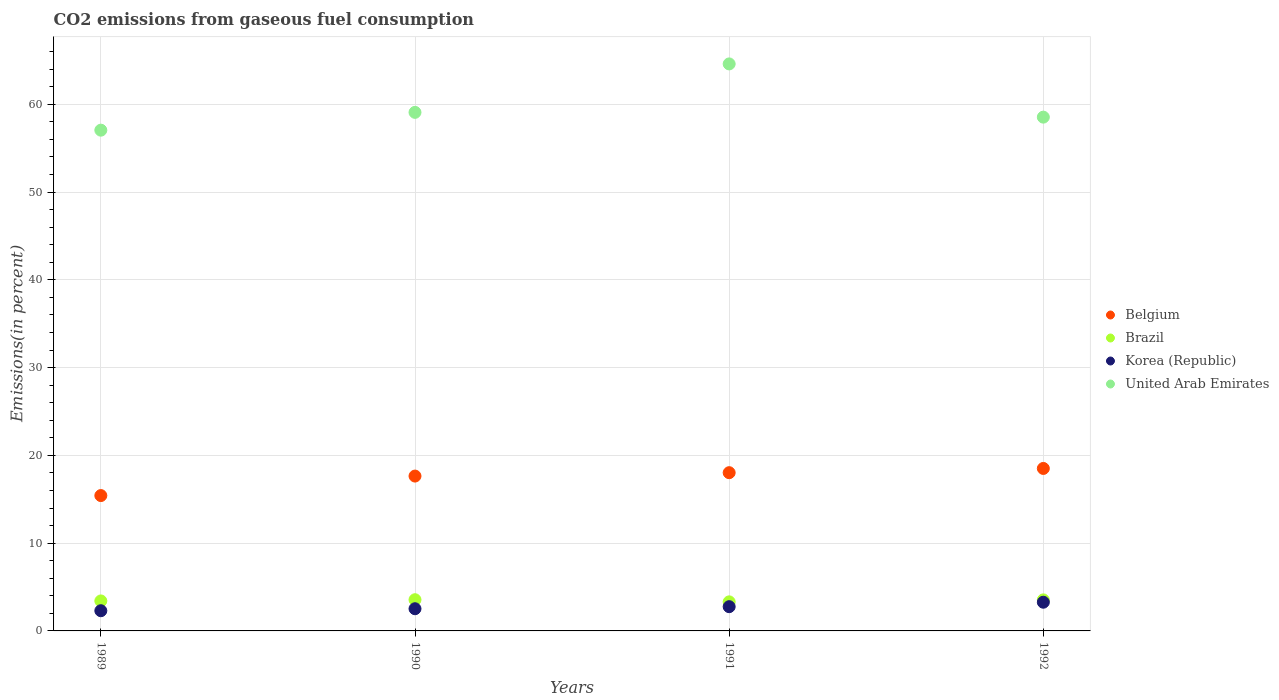
| Years | Belgium | Brazil | Korea (Republic) | United Arab Emirates |
 | --- | --- | --- | --- | --- |
 | 1989 | 15.4 | 3.42 | 2.3 | 57 |
 | 1990 | 17.6 | 3.55 | 2.53 | 59.1 |
 | 1991 | 18 | 3.31 | 2.76 | 64.6 |
 | 1992 | 18.5 | 3.54 | 3.27 | 58.5 |